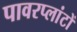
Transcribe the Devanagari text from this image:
पावरप्लांटों